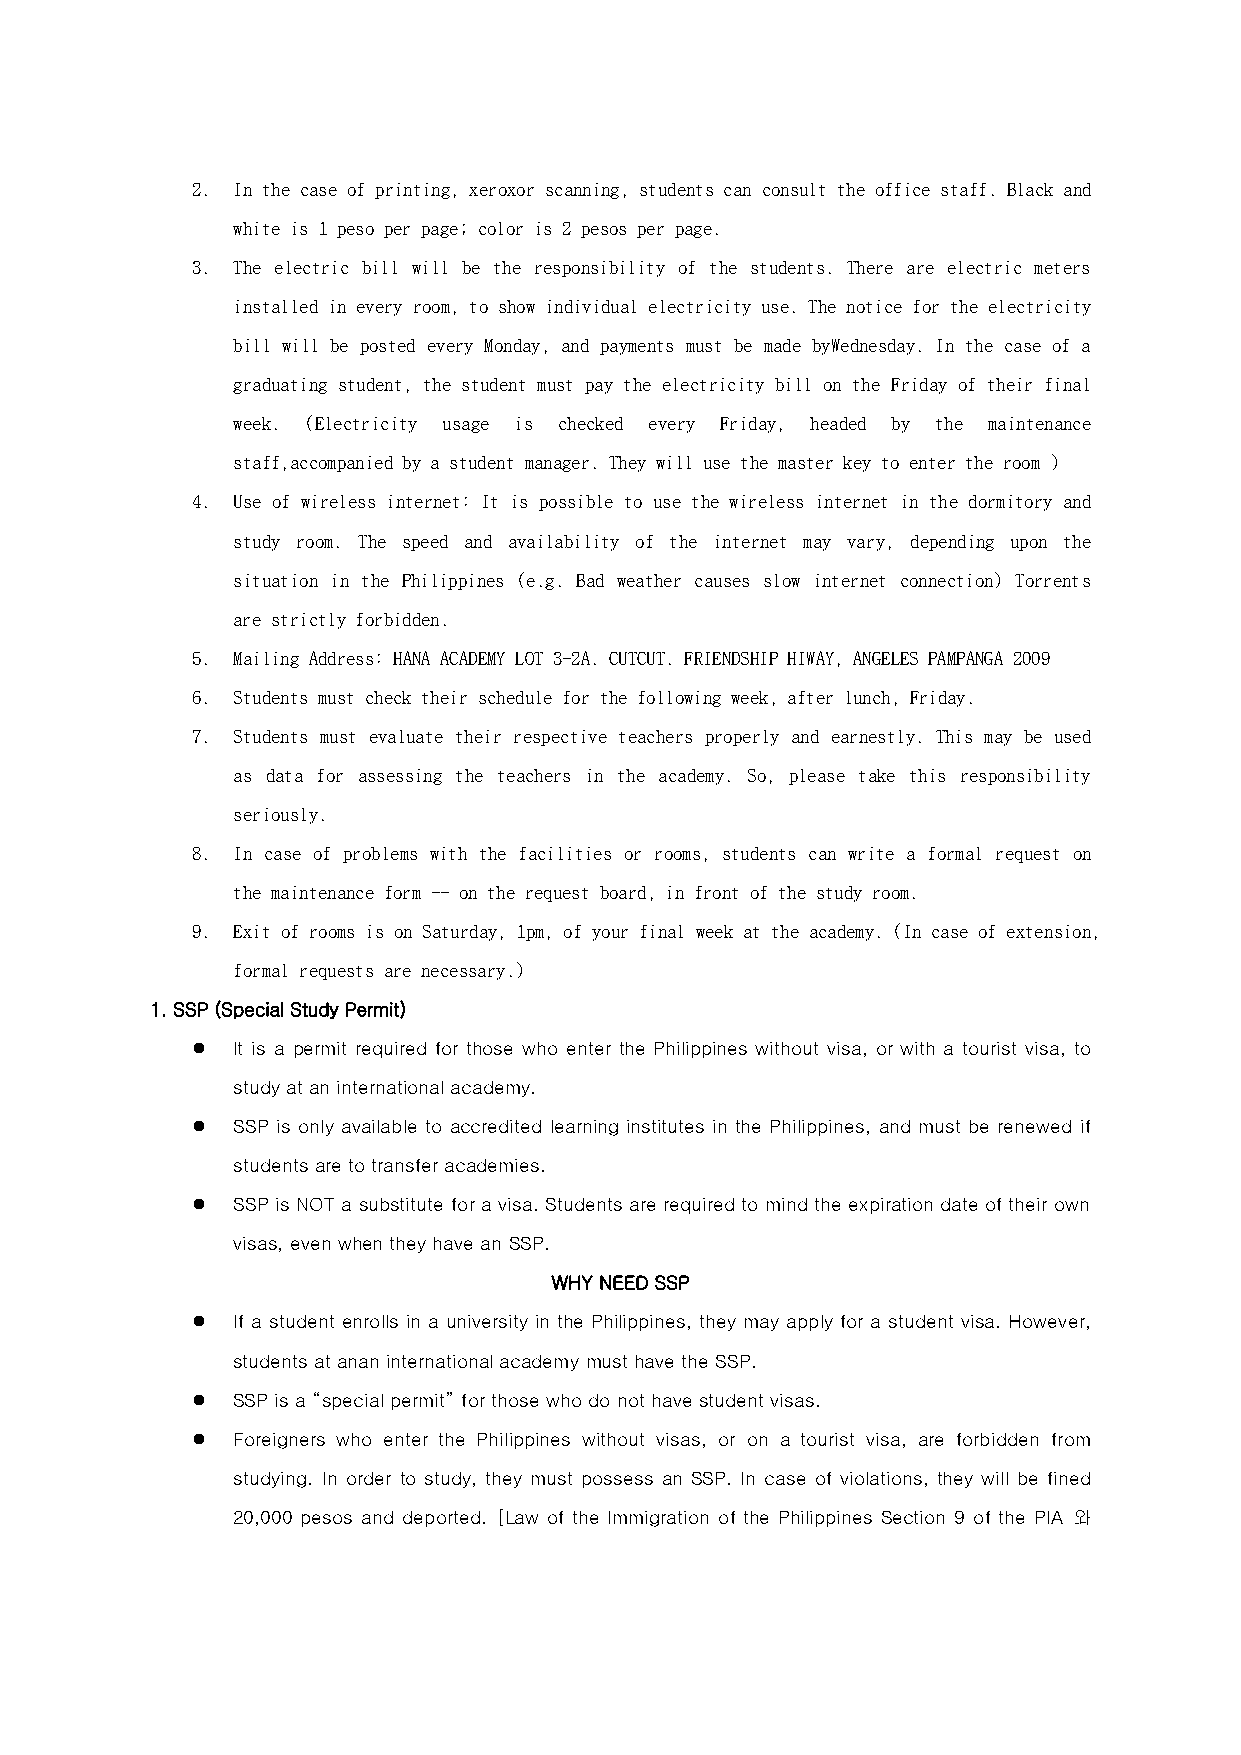
2. In the case of printing, xeroxor scanning, students can consult the office staff. Black and
 white is 1 peso per page; color is 2 pesos per page.
 3. The electric bill will be the responsibility of the students. There are electric meters
 installed in every room, to show individual electricity use. The notice for the electricity
 bill will be posted every Monday, and payments must be made byWednesday. In the case of a
 graduating student, the student must pay the electricity bill on the Friday of their final
 week. (Electricity usage is checked every Friday, headed by the maintenance
 staff,accompanied by a student manager. They will use the master key to enter the room )
 4. Use of wireless internet: It is possible to use the wireless internet in the dormitory and
 study room. The speed and availability of the internet may vary, depending upon the
 situation in the Philippines (e.g. Bad weather causes slow internet connection) Torrents
 are strictly forbidden.
 5. Mailing Address: HANA ACADEMY LOT 3-2A. CUTCUT. FRIENDSHIP HIWAY, ANGELES PAMPANGA 2009
 6. Students must check their schedule for the following week, after lunch, Friday.
 7. Students must evaluate their respective teachers properly and earnestly. This may be used
 as data for assessing the teachers in the academy. So, please take this responsibility
 seriously.
 8. In case of problems with the facilities or rooms, students can write a formal request on
 the maintenance form -- on the request board, in front of the study room.
 9. Exit of rooms is on Saturday, 1pm, of your final week at the academy. (In case of extension,
 formal requests are necessary.)
 1. SSP (Special Study Permit)
  It is a permit required for those who enter the Philippines without visa, or with a tourist visa, to
 study at an international academy.
  SSP is only available to accredited learning institutes in the Philippines, and must be renewed if
 students are to transfer academies.
  SSP is NOT a substitute for a visa. Students are required to mind the expiration date of their own
 visas, even when they have an SSP.
 WHY NEED SSP
  If a student enrolls in a university in the Philippines, they may apply for a student visa. However,
 students at anan international academy must have the SSP.
  SSP is a “special permit” for those who do not have student visas.
  Foreigners who enter the Philippines without visas, or on a tourist visa, are forbidden from
 studying. In order to study, they must possess an SSP. In case of violations, they will be fined
 20,000 pesos and deported. [Law of the Immigration of the Philippines Section 9 of the PIA 와